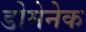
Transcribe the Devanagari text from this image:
डोमेनेक